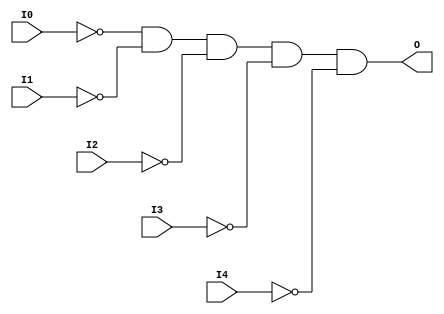
// $Header: /devl/xcs/repo/env/Databases/CAEInterfaces/verunilibs/data/unisims/AND5B5.v,v 1.5.158.1 2007/03/09 18:13:01 patrickp Exp $
///////////////////////////////////////////////////////////////////////////////
// Copyright (c) 1995/2004 Xilinx, Inc.
// All Right Reserved.
///////////////////////////////////////////////////////////////////////////////
//   ____  ____
//  /   /\/   /
// /___/  \  /    Vendor : Xilinx
// \   \   \/     Version : 8.1i (I.13)
//  \   \         Description : Xilinx Functional Simulation Library Component
//  /   /                  5-input AND Gate
// /___/   /\     Filename : AND5B5.v
// \   \  /  \    Timestamp : Thu Mar 25 16:42:13 PST 2004
//  \___\/\___\
//
// Revision:
//    03/23/04 - Initial version.
// End Revision

`timescale  100 ps / 10 ps


module AND5B5 (O, I0, I1, I2, I3, I4);

    output O;

    input  I0, I1, I2, I3, I4;

    not N4 (i4_inv, I4);
    not N3 (i3_inv, I3);
    not N2 (i2_inv, I2);
    not N1 (i1_inv, I1);
    not N0 (i0_inv, I0);
    and A1 (O, i0_inv, i1_inv, i2_inv, i3_inv, i4_inv);


endmodule